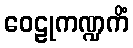
ဝေဠုကဏ္ဍကိံ